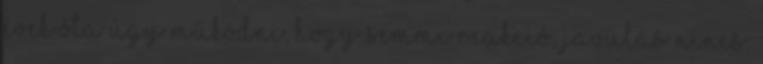
évek óta úgy működni, hogy semmi reakció, javulás nincs.